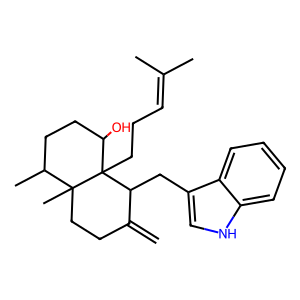
SMILES: C=C1CCC2(C)C(C)CCC(O)C2(CCC=C(C)C)C1Cc1c[nH]c2ccccc12
Inhibits HIV replication: No